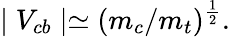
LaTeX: \mid V_{cb}\mid\simeq(m_{c}/m_{t})^{\frac{1}{2}}.